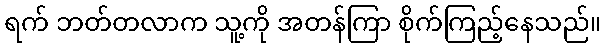
ရက် ဘတ်တလာက သူ့ကို အတန်ကြာ စိုက်ကြည့်နေသည်။